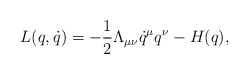
\begin{align*}L(q,\dot q)=-\frac{1}{2}\Lambda_{\mu \nu} \dot q^\mu q^\nu - H(q),\end{align*}